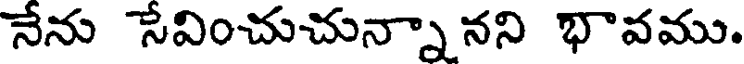
నేను సేవించుచున్నా నని భావము.